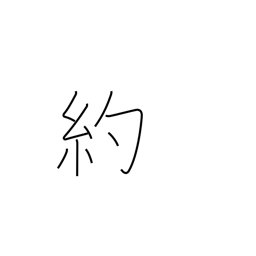
Meaning: promise